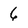
Character: 6